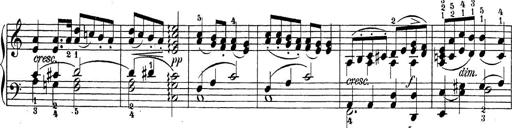
Title: Sonatina Album
Composer: Louis KÃ¶hler